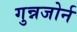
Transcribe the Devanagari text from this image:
गुन्नजोर्न